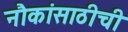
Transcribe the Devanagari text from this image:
नौकांसाठीची